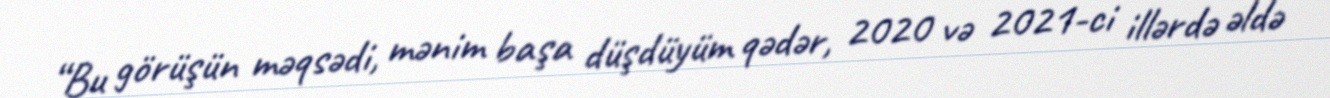
“Bu görüşün məqsədi, mənim başa düşdüyüm qədər, 2020 və 2021-ci illərdə əldə